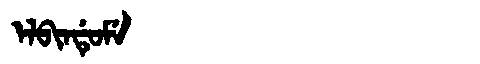
Manchu: ᡝᠯᠪᡳᠨᡩᡠᠮᡝ
Romanization: ELBINDUME